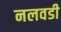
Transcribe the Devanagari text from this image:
नलवडी